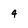
Character: 4